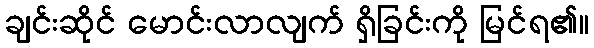
ချင်းဆိုင် မောင်းလာလျက် ရှိခြင်းကို မြင်ရ၏။